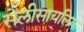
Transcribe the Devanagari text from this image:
सैलीसायलिक